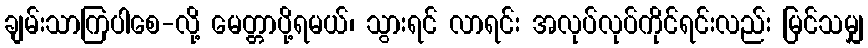
ချမ်းသာကြပါစေ-လို့ မေတ္တာပို့ရမယ်၊ သွားရင် လာရင်း အလုပ်လုပ်ကိုင်ရင်းလည်း မြင်သမျှ